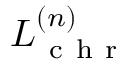
L _ { \mathrm { ~ c ~ h ~ r ~ } } ^ { ( n ) }